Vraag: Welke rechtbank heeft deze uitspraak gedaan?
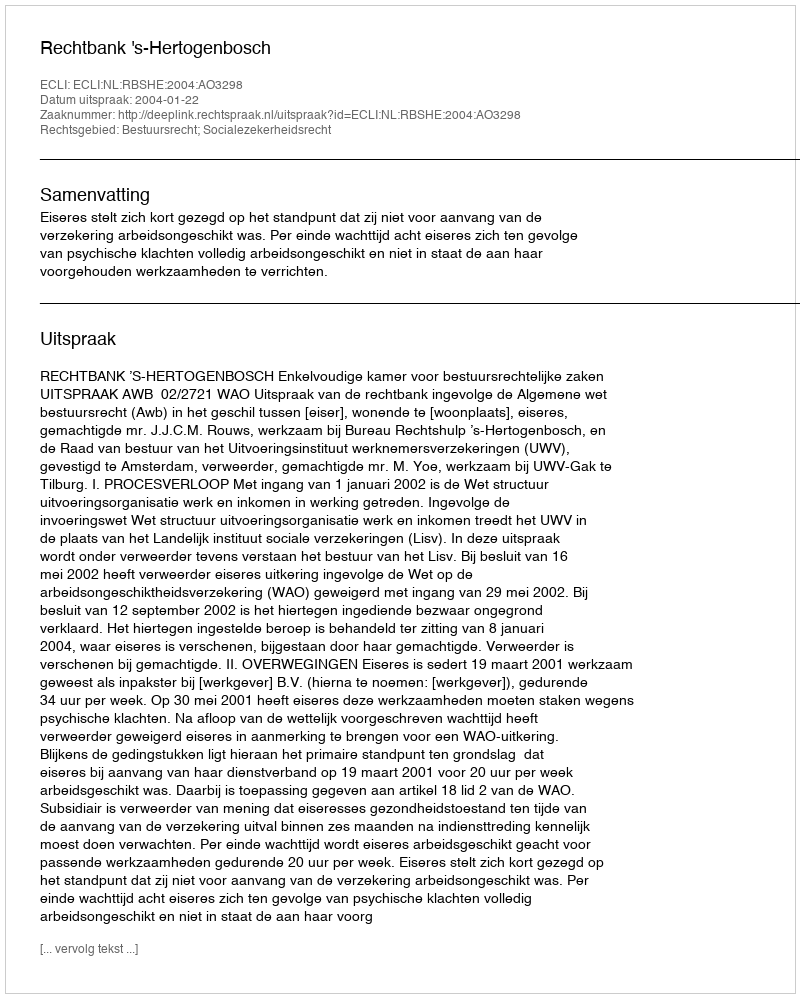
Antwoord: Rechtbank 's-Hertogenbosch